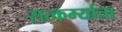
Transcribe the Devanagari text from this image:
सत्कर्म्याचा